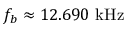
f _ { b } \approx 1 2 . 6 9 0 ~ \mathrm { k H z }